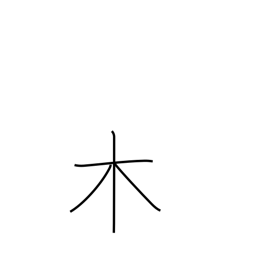
Meaning: wood